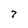
Character: 7